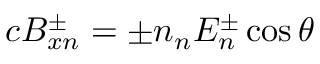
c B _ { x n } ^ { \pm } = \pm n _ { n } E _ { n } ^ { \pm } \cos \theta